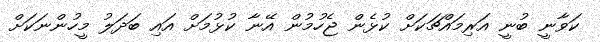
ކަވާނީ ބުނީ އަރިމައްޗަކަށް ކުޅެން ޖެހުމުން އޭނާ ކުޅުމަށް އައި ބަދަލު މީހުންނަކަށް